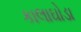
કાલાઘોડા